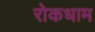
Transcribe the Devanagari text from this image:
रोकधाम